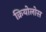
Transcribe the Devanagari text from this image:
क्रियोलोस